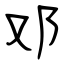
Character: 邓